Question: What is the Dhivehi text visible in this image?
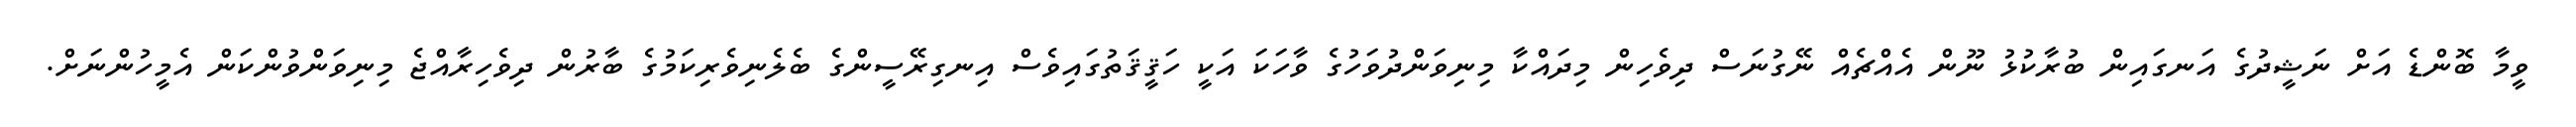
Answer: ވީމާ ބޮންޑެ އަށް ނަޝީދުގެ އަނގައިން ބުރާކުޅު ނޫން އެއްޗެއް ނޭގުނަސް ދިވެހިން މިދައްކާ މިނިވަންދުވަހުގެ ވާހަކަ އަކީ ހަޤީޤަތުގައިވެސް އިނގިރޭސީންގެ ބެލެނިވެރިކަމުގެ ބާރުން ދިވެހިރާއްޖެ މިނިވަންވުންކަން އެމީހުންނަށް.